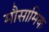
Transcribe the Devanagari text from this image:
मौसामिक